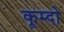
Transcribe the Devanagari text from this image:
कूम्दो